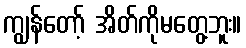
ကျွန်တော့် အိတ်ကိုမတွေ့ဘူး။